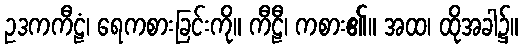
ဥဒကကီဠံ၊ ရေကစားခြင်းကို။ ကီဠီ၊ ကစား၏။ အထ၊ ထိုအခါ၌။